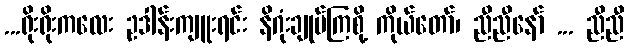
...ရိုးရိုးကလေး ဥဒါန်းကျူးရင်း နိဂုံးချုပ်ကြစို့ ကိုယ်တော်၊ ညီညီနော် ... ညီညီ